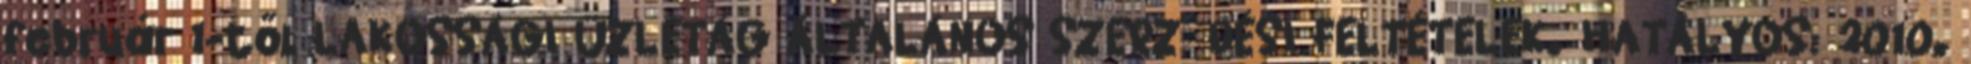
február 1-től LAKOSSÁGI ÜZLETÁG ÁLTALÁNOS SZERZİDÉSI FELTÉTELEK. HATÁLYOS: 2010.